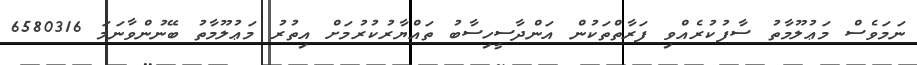
ނަމަވެސް މަޢުލޫމާތު ސާފުކުރެއްވި ފަރާތްތަކުން އަންދާސީހިސާބު ތައްޔާރުކުރުމަށް އިތުރު މަޢުލޫމާތު ބޭނުންވާނަމަ 6580316